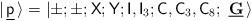
LaTeX: \begin{align*}|\ \!\underline{\sf p}\ \!\rangle=\left|\pm;\pm;{\sf X};{\sf Y};{\sf I}, {\sf I}_3;{\sf C},{\sf C}_3,{\sf C}_8;\ \underline{\mathbf G}\ \!\right>\end{align*}